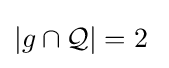
|g\cap {\mathcal {Q}}|=2\;